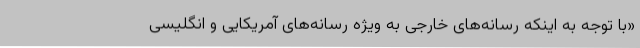
«با توجه به اینکه رسانه‌های خارجی به ویژه رسانه‌های آمریکایی و انگلیسی